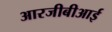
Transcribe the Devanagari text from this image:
आरजीबीआई